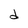
Character: d